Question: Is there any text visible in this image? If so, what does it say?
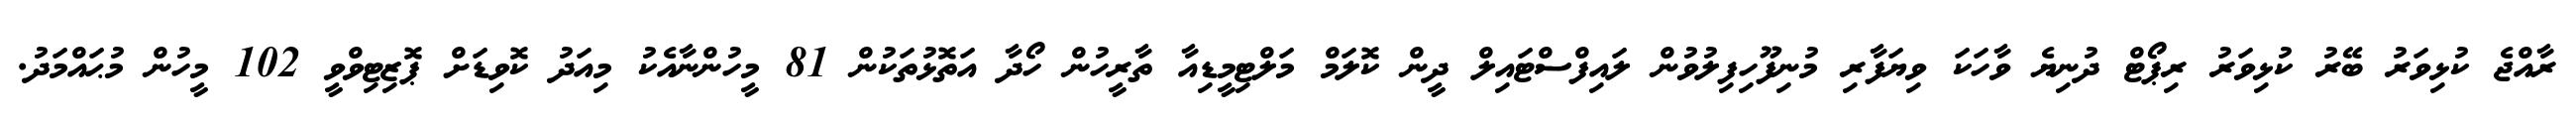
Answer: ރާއްޖެ ކުޅިވަރު ބޭރު ކުޅިވަރު ރިޕޯޓް ދުނިޔެ ވާހަކަ ވިޔަފާރި މުނިފޫހިފިލުވުން ލައިފްސްޓައިލް ދީން ކޮލަމް މަލްޓިމީޑިއާ ތާރީހުން ހޯދާ އަތޮޅުތަކުން 81 މީހުންނާއެކު މިއަދު ކޮވިޑަށް ޕޮޒިޓިވްވީ 102 މީހުން މުޙައްމަދު.